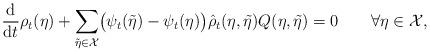
LaTeX: \begin{align*} \frac{\mathrm {d}}{\mathrm{ d}t}\rho_t(\eta) + \sum_{\tilde{\eta} \in\mathcal{X}} \bigl(\psi_t(\tilde{\eta}) -\psi_t(\eta)\bigr)\hat{\rho }_t(\eta, \tilde{\eta})Q(\eta, \tilde{\eta}) = 0 \qquad\forall \eta\in\mathcal{X},\end{align*}